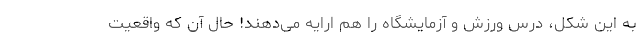
به این شکل، درس ورزش و آزمایشگاه را هم ارایه می‌دهند! حال آن که واقعیت